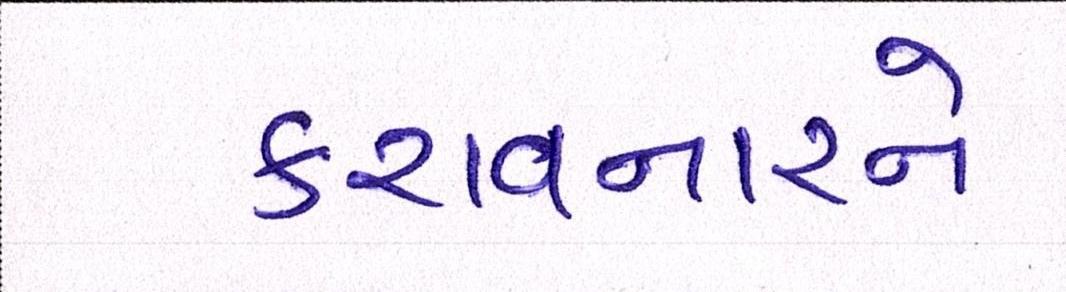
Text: કરાવનારને